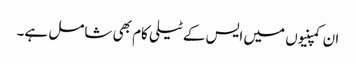
ان کمپنیوں میں ایس کے ٹیلی کام بھی شامل ہے۔